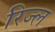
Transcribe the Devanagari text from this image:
रिज्ल